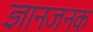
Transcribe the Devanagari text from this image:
ज्ञानजनक